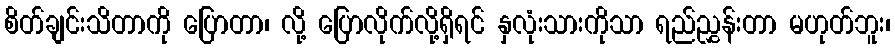
စိတ်ချင်းသိတာကို ပြောတာ၊ လို့ ပြောလိုက်လို့ရှိရင် နှလုံးသားကိုသာ ရည်ညွှန်းတာ မဟုတ်ဘူး၊